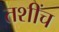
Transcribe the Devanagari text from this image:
तशींच